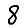
Digit: 8